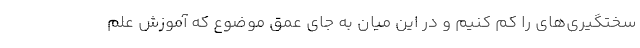
سختگیری‌های را کم کنیم و در این میان به جای عمق موضوع که آموزش علم